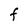
Character: F